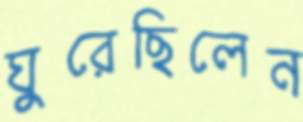
ঘুরেছিলেন